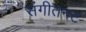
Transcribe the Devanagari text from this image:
संगीतनट